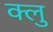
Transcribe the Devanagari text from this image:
क्लु